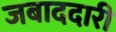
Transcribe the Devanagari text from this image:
जबाददारी